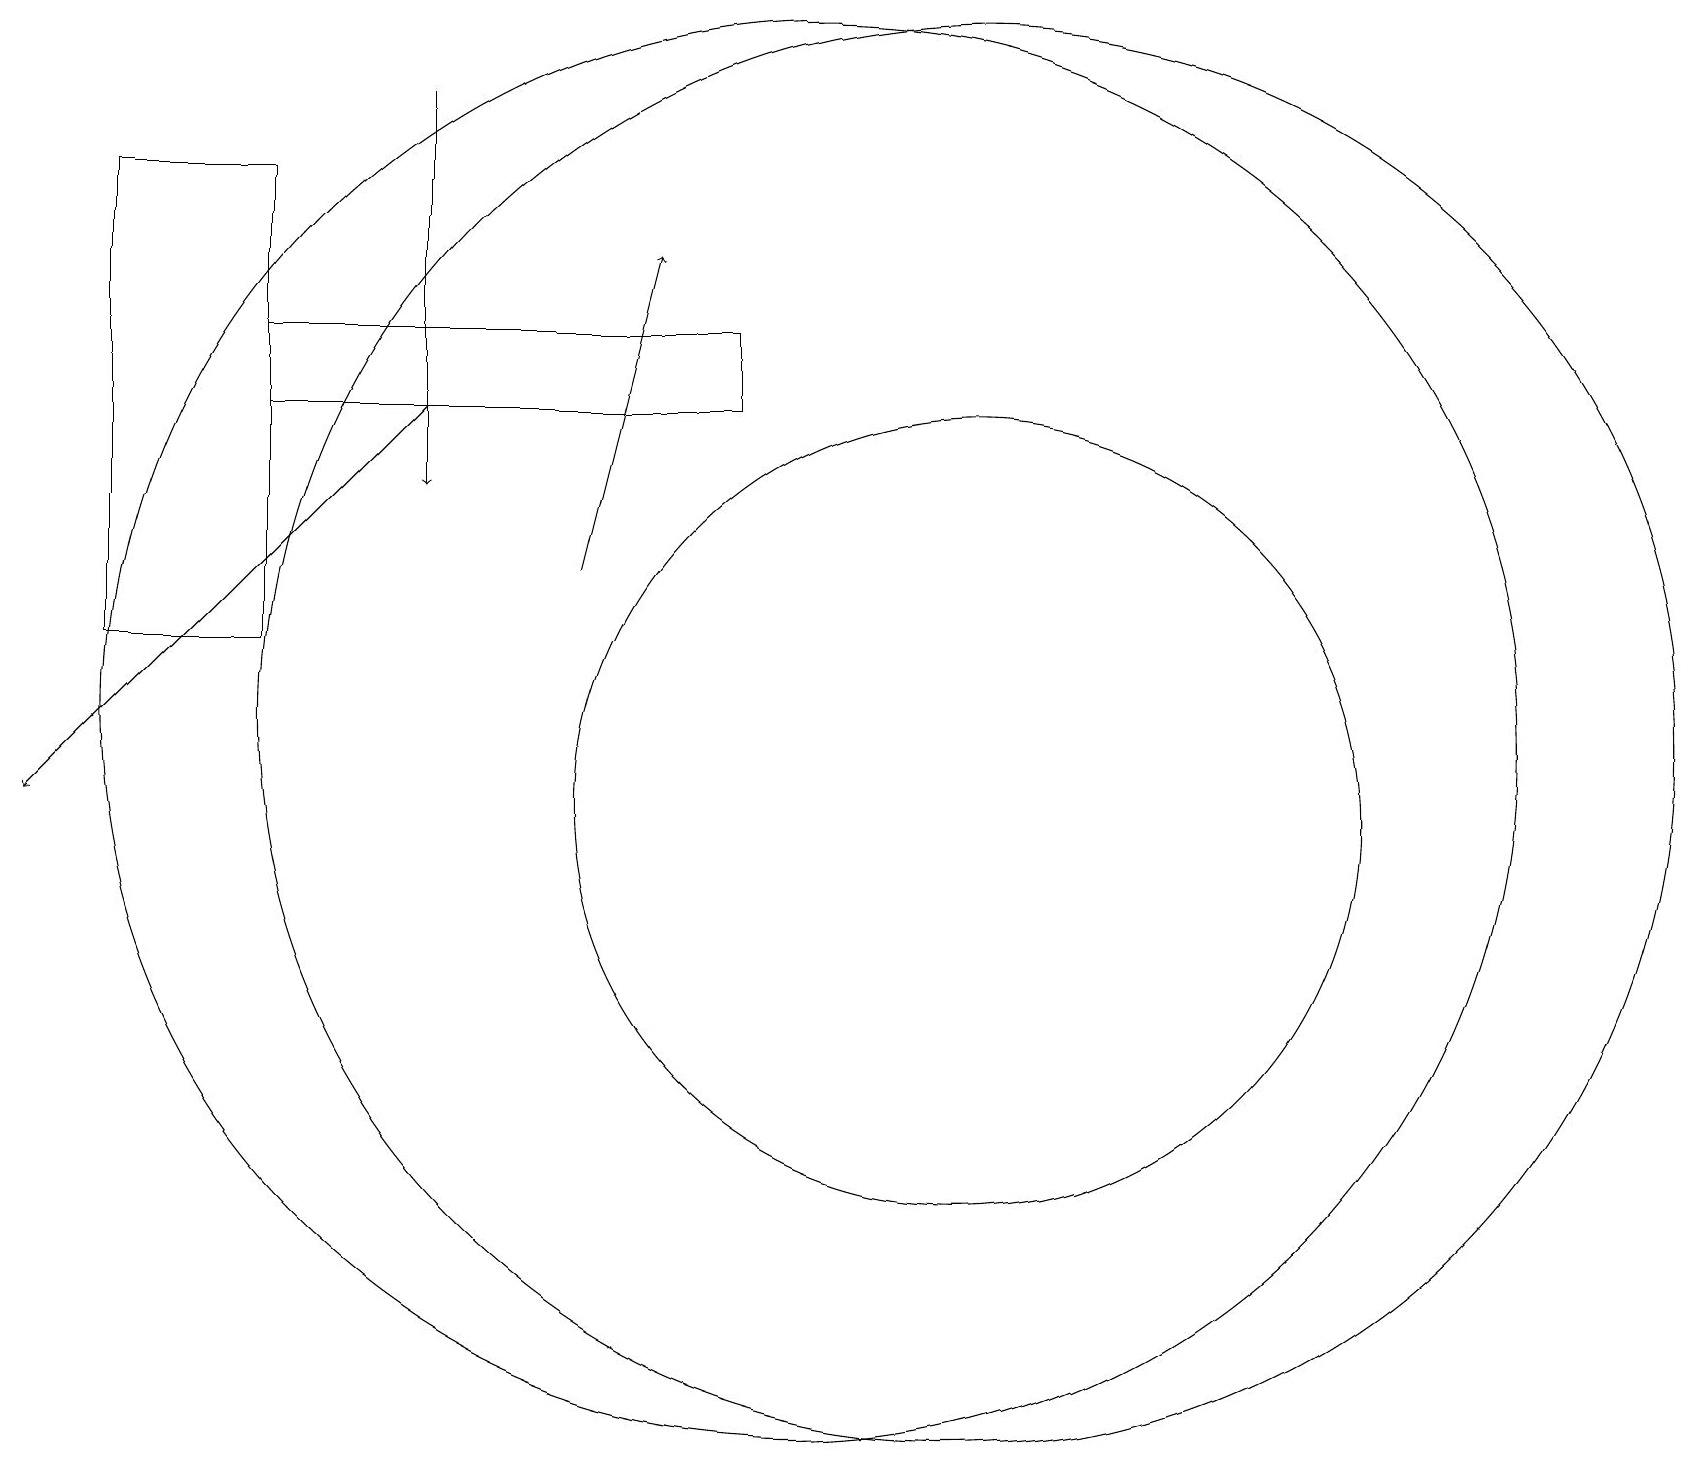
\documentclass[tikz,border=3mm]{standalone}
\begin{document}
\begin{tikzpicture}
\draw[->] (5,19) -- (5,14);
\draw (9,16) rectangle (3,15);
\draw[->] (5,15) -- (0,10);
\draw (3,12) rectangle (1,18);
\draw (12,10) circle (5);
\draw (10,11) circle (9);
\draw[->] (7,13) -- (8,17);
\draw (12,11) circle (9);
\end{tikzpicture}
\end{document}